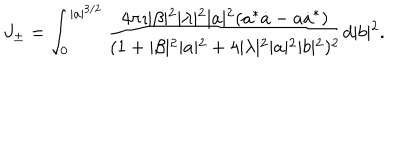
J _ { \pm } = \int _ { 0 } ^ { \vert a \vert ^ { 3 / 2 } } \frac { 4 \pi \imath \vert \beta \vert ^ { 2 } \vert \lambda \vert ^ { 2 } \vert a \vert ^ { 2 } ( a ^ { * } \dot { a } - a \dot { a } ^ { * } ) } { ( 1 + \vert \beta \vert ^ { 2 } \vert a \vert ^ { 2 } + 4 \vert \lambda \vert ^ { 2 } \vert a \vert ^ { 2 } \vert b \vert ^ { 2 } ) ^ { 2 } } d \vert b \vert ^ { 2 } .